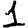
Digit: 1